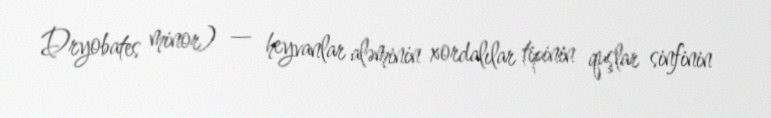
Dryobates minor) — heyvanlar aləminin xordalılar tipinin quşlar sinfinin